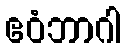
ဧဝံဘာဂါ